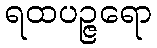
ရထပဉ္ဇရော